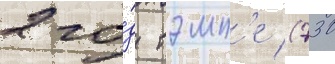
2 го́д тэмп'е (730